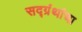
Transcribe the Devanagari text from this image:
सद्ग्रंथांचा